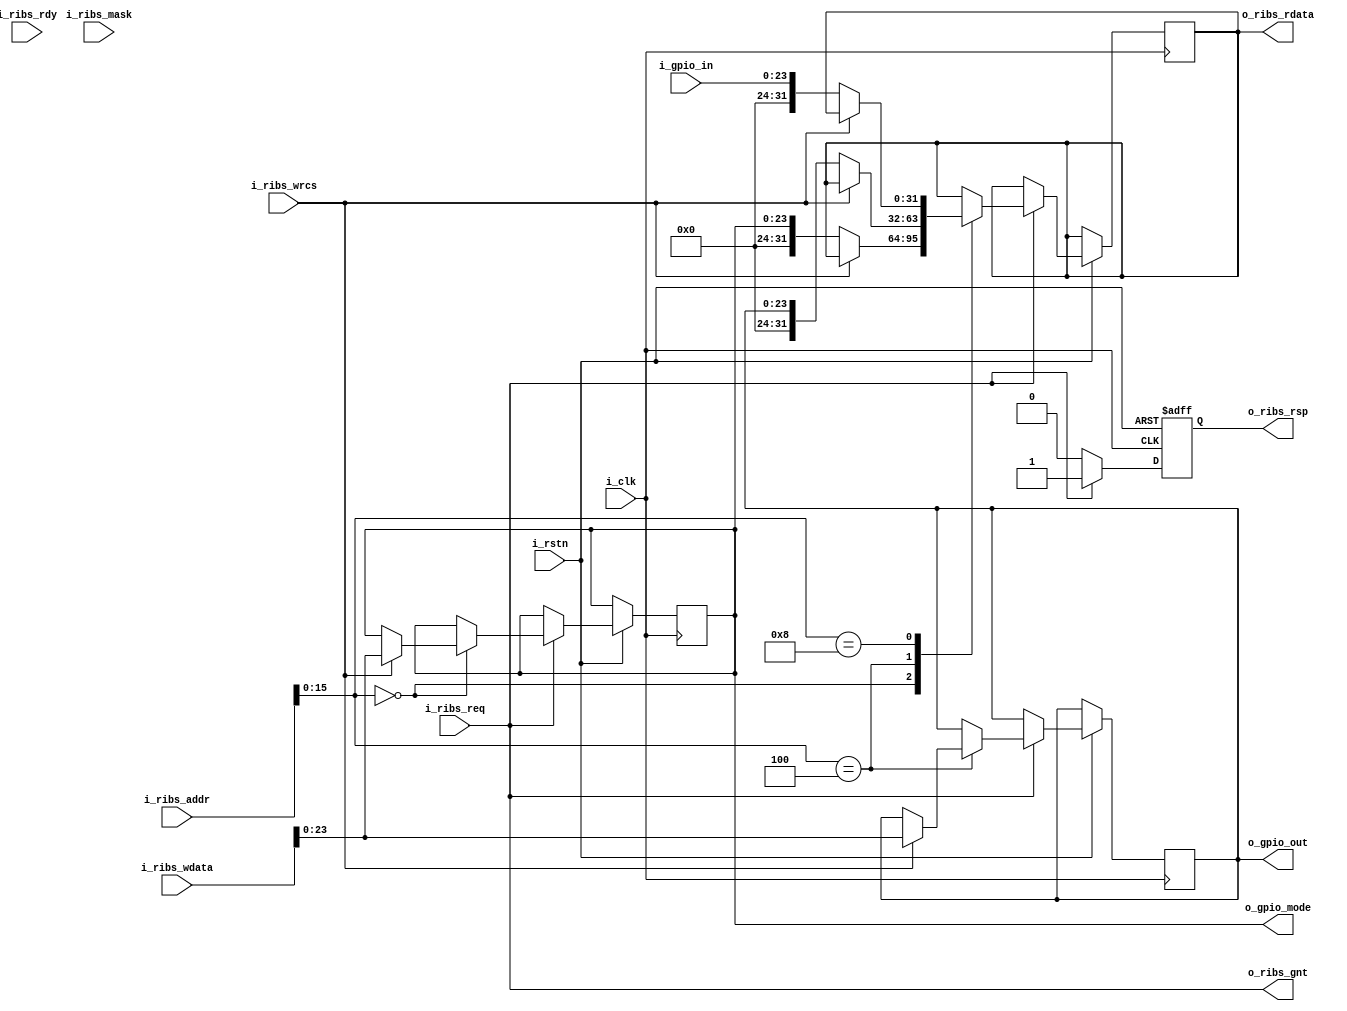






/*
:0xf0

gpio0:j13
gpio1:h13
gpio2:f16
gpio3:e16

*/

module GPIO2RIB (
    input wire i_clk,
    input wire i_rstn,

    //RIB
    input wire[31:0] i_ribs_addr,//
    input wire i_ribs_wrcs,//
    input wire[3:0] i_ribs_mask, //
    input wire[31:0] i_ribs_wdata, //
    output reg[31:0] o_ribs_rdata,
    input wire i_ribs_req, 
    output wire o_ribs_gnt, 
    output wire o_ribs_rsp, 
    input wire i_ribs_rdy,


    output wire[23:0] o_gpio_mode,
    input wire[23:0] i_gpio_in,
    output wire[23:0] o_gpio_out
);

//
//1:
//0:
reg[23:0] gpio_mode;
reg[23:0] gpio_out;
//:
//0x00:gpio_mode
//0x04:gpio_out
//0x08:gpio_in
assign o_gpio_mode = gpio_mode;
assign o_gpio_out = gpio_out;



assign o_ribs_gnt = i_ribs_req;
reg handshake_rdy;
always @(posedge i_clk or negedge i_rstn) begin
    if(~i_rstn)begin
        handshake_rdy<=0;
    end
    else begin
        if(i_ribs_req)begin
            handshake_rdy<=1;
            case(i_ribs_addr[15:0])
            16'h00:begin
                if(i_ribs_wrcs)begin//
                    gpio_mode       <=i_ribs_wdata[23:0];
                end
                else begin
                    o_ribs_rdata    <={8'h0,gpio_mode};
                end
            end
            16'h04:begin
                if(i_ribs_wrcs)begin
                    gpio_out        <=i_ribs_wdata[23:0];
                end
                else begin
                    o_ribs_rdata    <= {8'h0,gpio_out};
                end
            end
            16'h08:begin
                if(i_ribs_wrcs)begin//
                    
                end
                else begin
                    o_ribs_rdata    <= {8'h0,i_gpio_in};
                end
            end
            endcase
        end
        else begin
            handshake_rdy<=0;
        end
    end
end
assign o_ribs_rsp = handshake_rdy;













    
endmodule